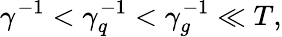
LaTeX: \gamma^{-1}<\gamma_{q}^{-1}<\gamma_{g}^{-1}\ll T,